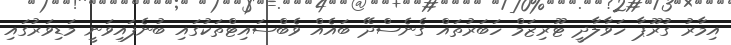
އިމާރު ގުރޫޕާ ހަވާލާދީ ޓޫރިޒަމް ހަބަރުތައް ގެނެސްދޭ ބައެއް ވެބްސައިޓްތަކުގައި ބުނެފައިވަނީ މަޑިވަރުގައި